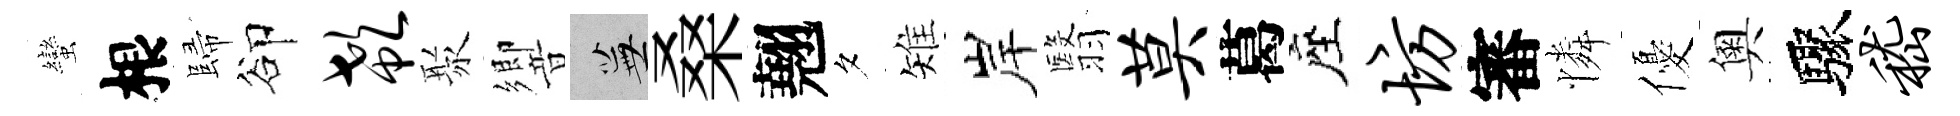
蠻根歸卻欷聚響蕪桑翹夕雉岸翳莫葛座坊審憐優奧驟嵇